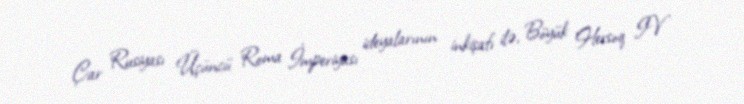
Çar Rusiyası Üçüncü Roma İmperiyası ideyalarının inkişafı ilə, Böyük Hersoq IV